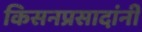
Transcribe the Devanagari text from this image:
किसनप्रसादांनी